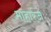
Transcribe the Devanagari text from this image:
माहारज